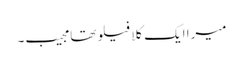
میرا ایک کلا فیلو تھا مجیب۔